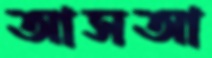
আসআ